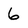
Character: 6